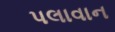
પલાવાન